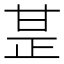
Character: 𤯅